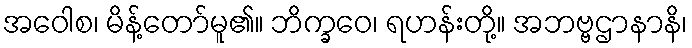
အဝေါစ၊ မိန့်တော်မူ၏။ ဘိက္ခဝေ၊ ရဟန်းတို့။ အဘဗ္ဗဌာနာနိ၊